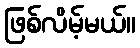
ဖြစ်လိမ့်မယ်။